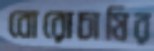
বোরোচাষির